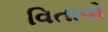
વિતાવો